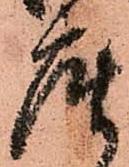
座